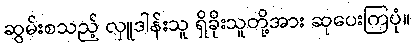
ဆွမ်းစသည့် လှူဒါန်းသူ ရှိခိုးသူတို့အား ဆုပေးကြပုံ။